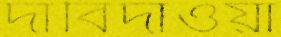
দাবিদাওয়া